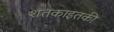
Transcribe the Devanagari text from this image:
शतकाइतकी